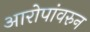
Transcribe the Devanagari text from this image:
आरोपांवरुन